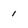
Character: 1